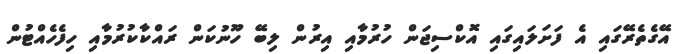
އޭގެތެރޭގައި އެ ފަށަލައިގައި އޮކްސިޖަން ހުރުމާއި އިރުން ލިބޭ ހޫނުކަން ރައްކާކުރުމާއި ހިފެހެއްޓުން